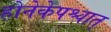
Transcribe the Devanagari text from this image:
होनेकेपश्चात्